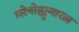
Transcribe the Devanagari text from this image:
ग्लेनोह्युमारल